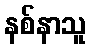
နစ်နာသူ